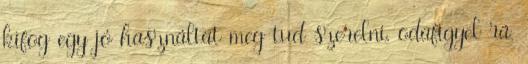
kifog egy jó használtat meg tud szerelni, odafigyel rá,